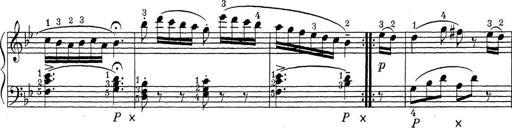
Title: ÄŒeskÃ© Sonatiny
Composer: Various